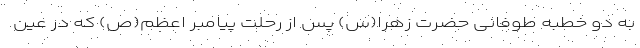
به دو خطبه طوفانی حضرت زهرا(س) پس از رحلت پیامبر اعظم(ص) که در عین